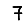
Digit: 7